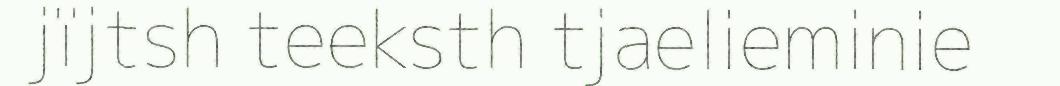
jïjtsh teeksth tjaelieminie